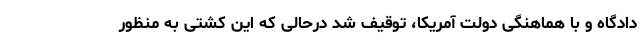
دادگاه و با هماهنگی دولت آمریکا، توقیف شد درحالی که این کشتی به منظور